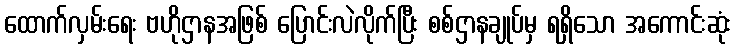
ထောက်လှမ်းရေး ဗဟိုဌာနအဖြစ် ပြောင်းလဲလိုက်ပြီး စစ်ဌာနချုပ်မှ ရရှိသော အကောင်းဆုံး